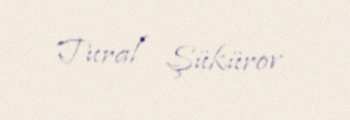
Tural Şükürov